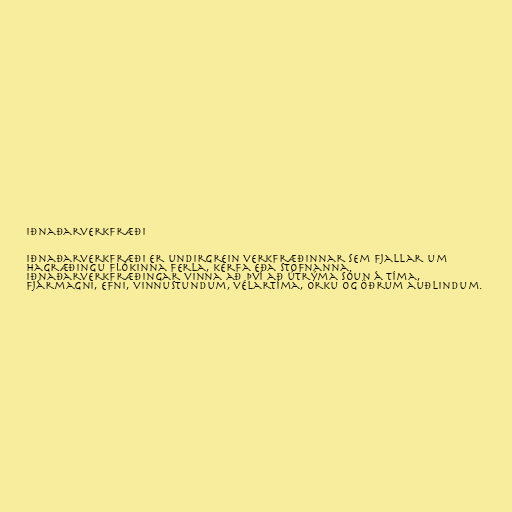
Iðnaðarverkfræði

Iðnaðarverkfræði er undirgrein verkfræðinnar sem fjallar um
hagræðingu flókinna ferla, kerfa eða stofnanna.
Iðnaðarverkfræðingar vinna að því að útrýma sóun á tíma,
fjármagni, efni, vinnustundum, vélartíma, orku og öðrum auðlindum.